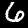
Label: 6